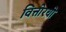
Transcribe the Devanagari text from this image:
वित्तोरयो